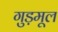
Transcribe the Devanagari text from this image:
गुड़मूल